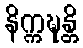
နိက္ကဍ္ဎန္တိ